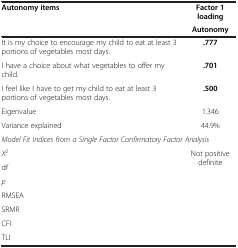
<table><thead><tr><td rowspan="2"><b>Autonomy items</b></td><td><b>Factor 1 loading</b></td></tr><tr><td><b>Autonomy</b></td></tr></thead><tbody><tr><td>It is my choice to encourage my child to eat at least 3 portions of vegetables most days.</td><td><b>.777</b></td></tr><tr><td>I have a choice about what vegetables to offer my child.</td><td><b>.701</b></td></tr><tr><td>I feel like I have to get my child to eat at least 3 portions of vegetables most days.</td><td><b>.500</b></td></tr><tr><td>Eigenvalue</td><td>1.346</td></tr><tr><td>Variance explained</td><td>44.9%</td></tr><tr><td colspan="2"><i>Model Fit Indices from a Single Factor Confirmatory Factor Analysis</i></td></tr><tr><td><i>X</i><sup><i>2</i></sup></td><td rowspan="7">Not positive definite</td></tr><tr><td>df</td></tr><tr><td><i>p</i></td></tr><tr><td>RMSEA</td></tr><tr><td>SRMR</td></tr><tr><td>CFI</td></tr><tr><td>TLI</td></tr></tbody></table>